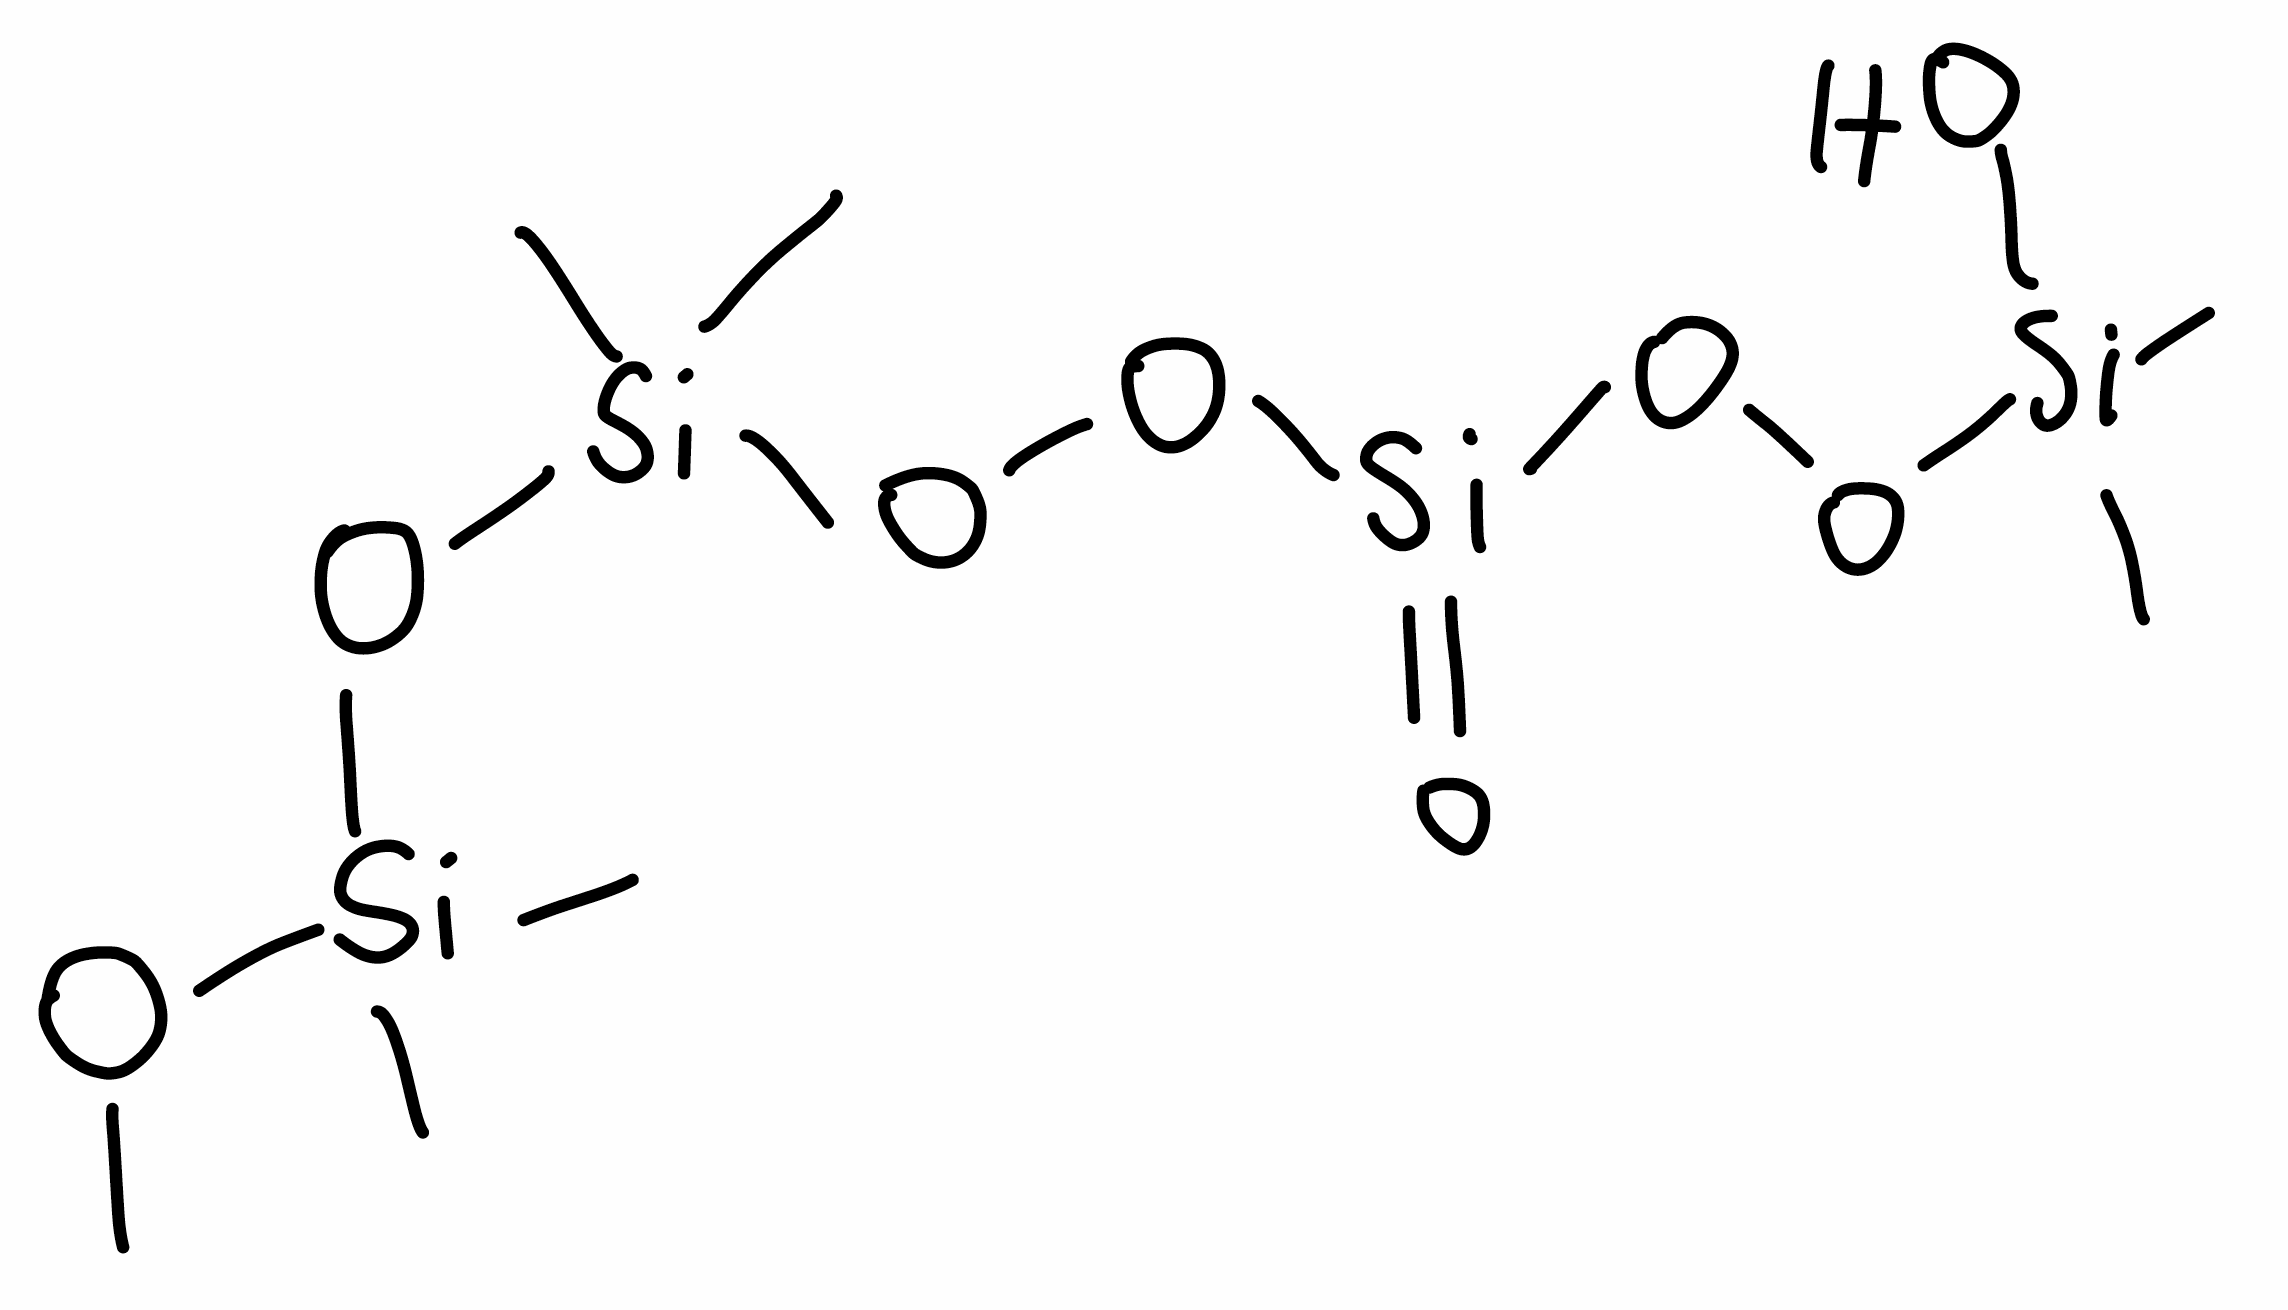
Simplified molecular-input line-entry system (SMILES) notation of the given molecule:
CO[Si](C)(C)O[Si](C)(C)OO[Si](=O)OO[Si](C)(C)O